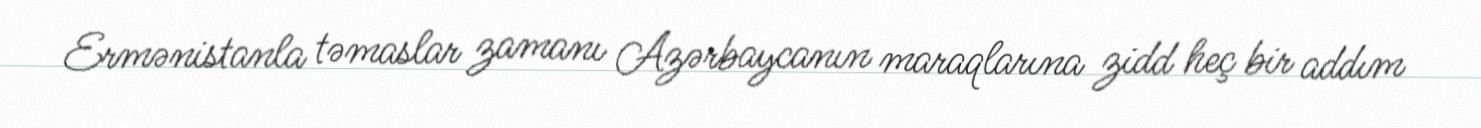
Ermənistanla təmaslar zamanı Azərbaycanın maraqlarına zidd heç bir addım